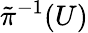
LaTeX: \tilde{\pi}^{-1}(U)